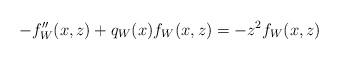
LaTeX: \begin{align*}-f_{W}^{\prime\prime}(x,z)+q_{W}(x)f_{W}(x,z)=-z^{2}f_{W}(x,z)\end{align*}